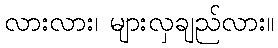
လားလား၊ များလှချည်လား။